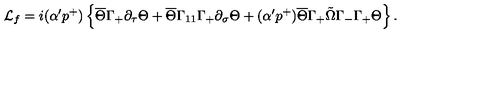
{ \cal L } _ { f } = i ( \alpha ^ { \prime } p ^ { + } ) \left\{ \overline { { \Theta } } \Gamma _ { + } \partial _ { \tau } \Theta + \overline { { \Theta } } \Gamma _ { 1 1 } \Gamma _ { + } \partial _ { \sigma } \Theta + ( \alpha ^ { \prime } p ^ { + } ) \overline { { \Theta } } \Gamma _ { + } \tilde { \Omega } \Gamma _ { - } \Gamma _ { + } \Theta \right\} .